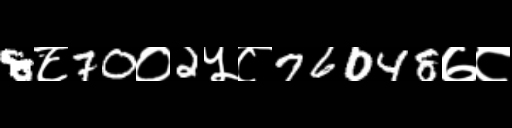
Text: 8८70०2५८76048७८